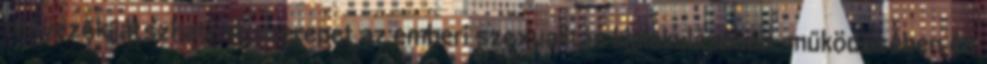
tényezők játszhatnak szerepet az emberi szexualitás kialakulásában, működésében és